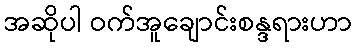
အဆိုပါ ဝက်အူချောင်းစန္ဒရားဟာ